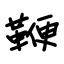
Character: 鞭